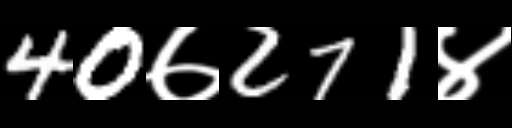
Text: 40७271४